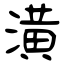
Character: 潢